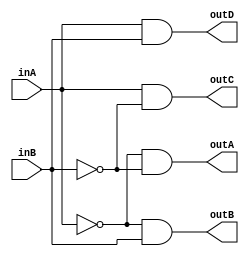
`timescale 1ns / 1ps


module decoder(
input inA,
input inB,
output outA,
output outB,
output outC,
output outD
    );
    
    
    assign outA= (~inA)&(~inB);
    assign outB= (~inA)&inB;
    assign outC= inA&(~inB);
    assign outD= inA&inB;
    
endmodule